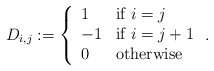
\begin{align*}D_{i,j} := \left\{ \begin{array}{ll} 1 & \textrm{if}~i=j\\ -1 & \textrm{if}~i = j+1\\ 0 & \textrm{otherwise}\end{array} \right..\end{align*}